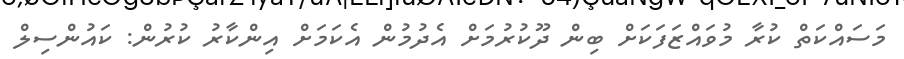
މަސައްކަތް ކުރާ މުވައްޒަފަކަށް ބިން ދޫކުރުމަށް އެދުމުން އެކަމަށް އިންކާރު ކުރުން: ކައުންސިލް